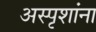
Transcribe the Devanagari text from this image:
अस्पृशांना